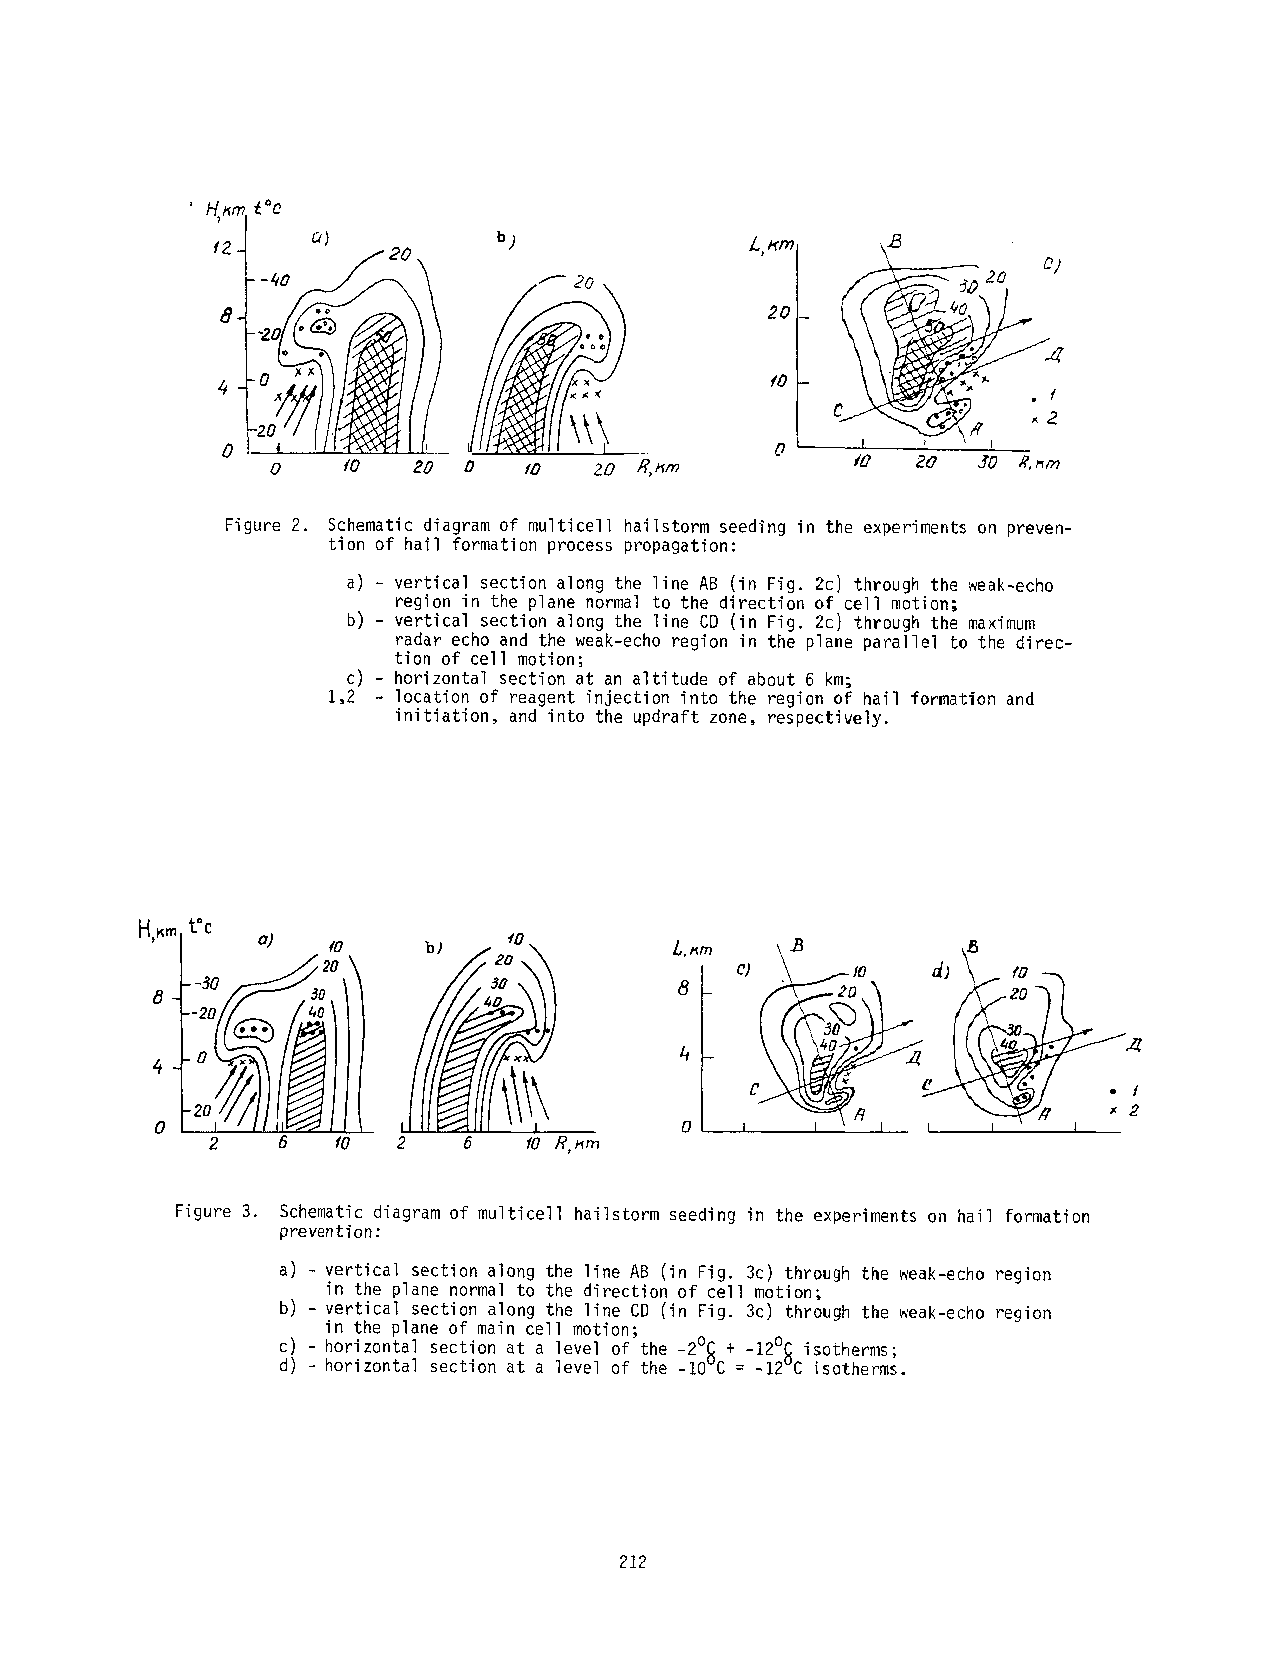
20
 ~0
 Figure2 . Schematic diagram of multicell hailstorm seeding in the experiments on preven-
 tion of hail formation process propagation:
 a) - vertical section along the line AB (in Fig. 2c) through the weak-echo
 region in the plane normal to the direction of cell motion;
 b) - vertical section along the line CD (in Fig. 2c) through the maximum
 radar echo and the weak-echo region in the plane parallel to the direc-
 tion of cell motion;
 c) - horizontal section at an altitude of about 6 km;
 1,2 location of reagent injection into the region of hail formation and
 initiation, and into the updraft zone, respectively.
 t° c
 ~0
 b) ~ 20 \       L.~m
 ~0  ~ 20,
 --      ~o
 2   6  fO   2   6    tO R,~m
 Figure 3. Schematic diagram of multicell hailstorm seeding in the experiments on hail formation
 prevention:
 a) - vertical section along the line AB (in Fig. 3c) through the weak-echo region
 in the plane normal to the direction of cell motion;
 b) - vertical section along the line CD (in Fig. 3c) through the weak-echo region
 in the plane of main cell motion;
 c) - horizontal section at a level of the -2°~ + -12°~ isotherms;
 d) horizontal section at a level of the -10 C = -12 C isotherms.
 212